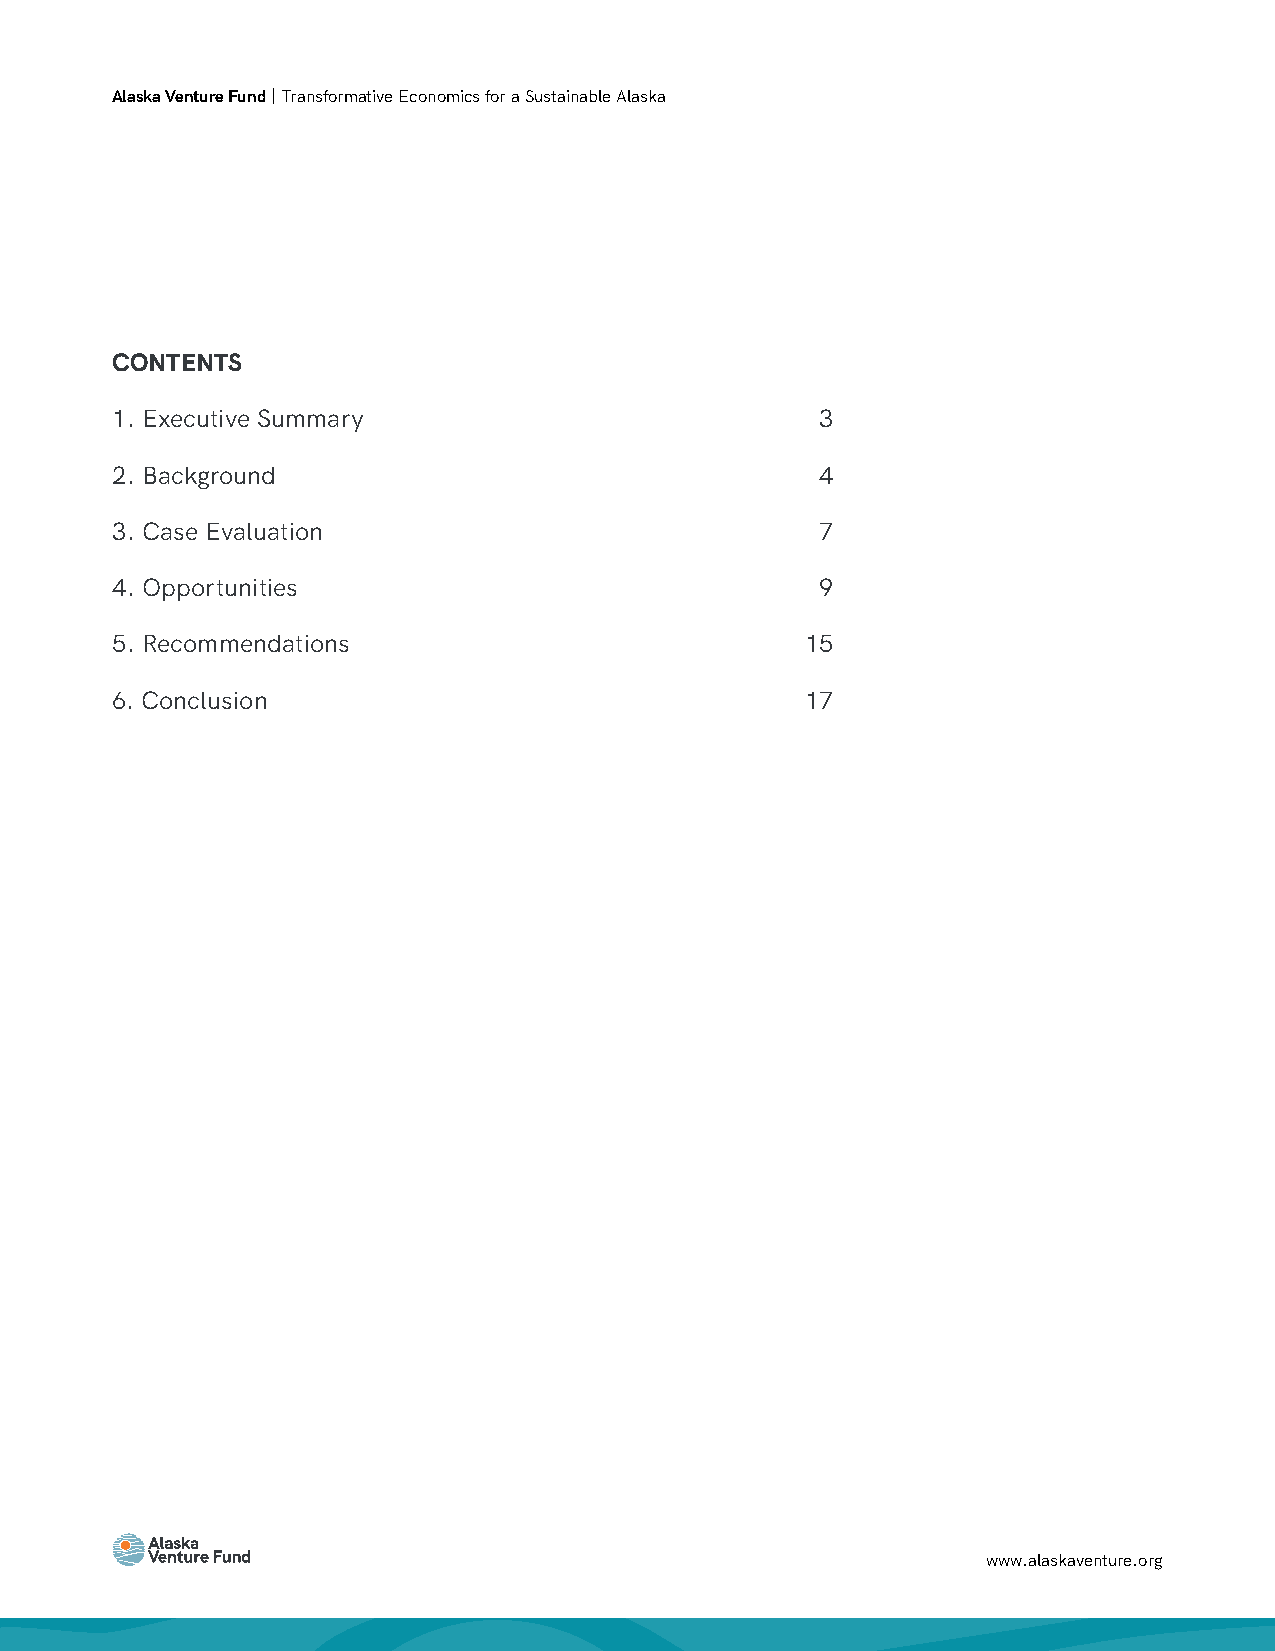
Alaska Venture Fund | Transformative Economics for a Sustainable Alaska
 CONTENTS
 1. Executive Summary                           3
 2. Background                                  4
 3. Case Evaluation                             7
 4. Opportunities                               9
 5. Recommendations                            15
 6. Conclusion                                 17
 www.alaskaventure.org